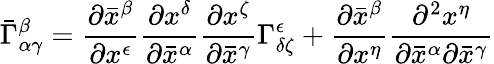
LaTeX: {\bar{\Gamma}}_{\alpha\gamma}^{\beta}={\frac{\partial{\bar{x}}^{\beta}}{\partial x^{\epsilon}}}{\frac{\partial x^{\delta}}{\partial{\bar{x}}^{\alpha}}}{\frac{\partial x^{\zeta}}{\partial{\bar{x}}^{\gamma}}}\Gamma_{\delta\zeta}^{\epsilon}+{\frac{\partial{\bar{x}}^{\beta}}{\partial x^{\eta}}}{\frac{\partial^{2}x^{\eta}}{\partial{\bar{x}}^{\alpha}\partial{\bar{x}}^{\gamma}}}